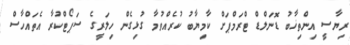
ރިޔާސީ އިންތިޚާބު ޑޮނަލްޑް ޓްރަމްޕަށް ކާމިޔާބު ކުރެއްވުމާ ގުޅިގެން ހިލަރީގެ ސަޕޯޓްކުރާ އެތައްހާސް